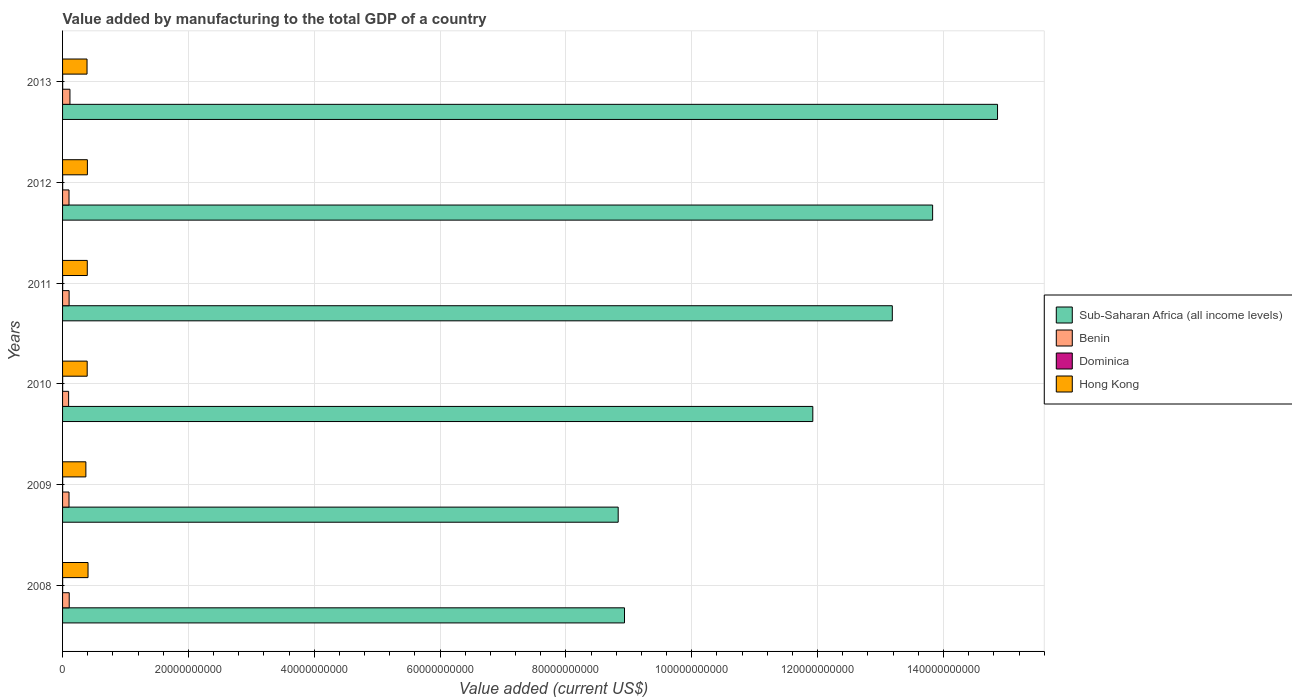
| Years | Sub-Saharan Africa (all income levels) | Benin | Dominica | Hong Kong |
 | --- | --- | --- | --- | --- |
 | 2008 | 8.93e+10 | 1.06e+09 | 1.08e+07 | 4.05e+09 |
 | 2009 | 8.83e+10 | 1.02e+09 | 1.13e+07 | 3.7e+09 |
 | 2010 | 1.19e+11 | 9.63e+08 | 1.17e+07 | 3.91e+09 |
 | 2011 | 1.32e+11 | 1.04e+09 | 1.33e+07 | 3.93e+09 |
 | 2012 | 1.38e+11 | 1.03e+09 | 1.5e+07 | 3.95e+09 |
 | 2013 | 1.49e+11 | 1.17e+09 | 1.54e+07 | 3.89e+09 |